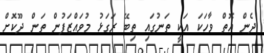
ދެން އޮތް ވާހަކަ އަކީ ތަނުގައި ތިބޭ ރަގަޅު މުވައްޒަފުން ތަން ދޫކޮށް